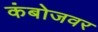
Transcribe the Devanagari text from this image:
कंबोजवर